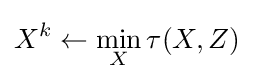
X^{k}\leftarrow \min _{X}\tau (X,Z)